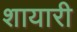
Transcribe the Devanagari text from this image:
शायारी